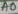
Text: A0